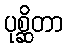
ပုစ္ဆိတာ